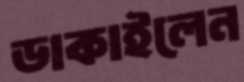
ডাকাইলেন